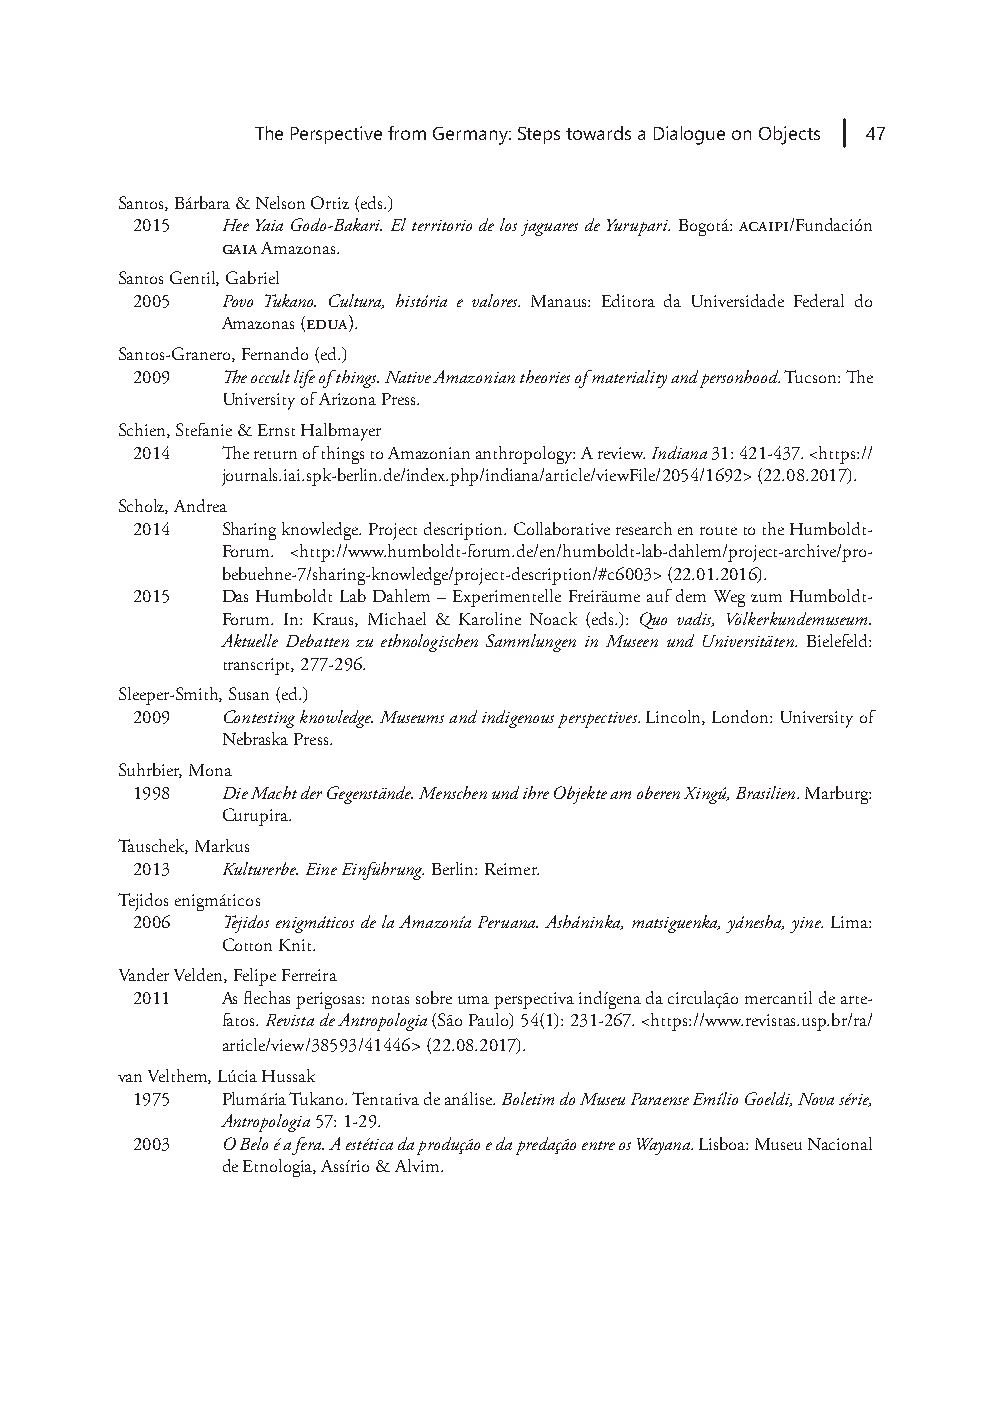
The Perspective from Germany: Steps towards a Dialogue on Objects 47
 Santos, Bárbara & Nelson Ortiz (eds.)
 2015  Hee Yaia Godo-Bakari. El territorio de los jaguares de Yurupari. Bogotá: acaipi/Fundación
 gaia Amazonas.
 Santos Gentil, Gabriel
 2005  Povo Tukano. Cultura, história e valores. Manaus: Editora da Universidade Federal do
 Amazonas (edua).
 Santos-Granero, Fernando (ed.)
 2009  The occult life of things. Native Amazonian theories of materiality and personhood. Tucson: The
 University of Arizona Press.
 Schien, Stefanie & Ernst Halbmayer
 2014  The return of things to Amazonian anthropology: A review. Indiana 31: 421-437. <https://
 journals.iai.spk-berlin.de/index.php/indiana/article/viewFile/2054/1692> (22.08.2017).
 Scholz, Andrea
 2014  Sharing knowledge. Project description. Collaborative research en route to the Humboldt-
 Forum. <http://www.humboldt-forum.de/en/humboldt-lab-dahlem/project-archive/pro-
 bebuehne-7/sharing-knowledge/project-description/#c6003> (22.01.2016).
 2015  Das Humboldt Lab Dahlem – Experimentelle Freiräume auf dem Weg zum Humboldt-
 Forum. In: Kraus, Michael & Karoline Noack (eds.): Quo vadis, Völkerkundemuseum.
 Aktuelle Debatten zu ethnologischen Sammlungen in Museen und Universitäten. Bielefeld:
 transcript, 277-296.
 Sleeper-Smith, Susan (ed.)
 2009  Contesting knowledge. Museums and indigenous perspectives. Lincoln, London: University of
 Nebraska Press.
 Suhrbier, Mona
 1998  Die Macht der Gegenstände. Menschen und ihre Objekte am oberen Xingú, Brasilien. Marburg:
 Curupira.
 Tauschek, Markus
 2013  Kulturerbe. Eine Einführung. Berlin: Reimer.
 Tejidos enigmáticos
 2006  Tejidos enigmáticos de la Amazonía Peruana. Asháninka, matsiguenka, yánesha, yine. Lima:
 Cotton Knit.
 Vander Velden, Felipe Ferreira
 2011  As flechas perigosas: notas sobre uma perspectiva indígena da circulação mercantil de arte-
 fatos. Revista de Antropologia (São Paulo) 54(1): 231-267. <https://www.revistas.usp.br/ra/
 article/view/38593/41446> (22.08.2017).
 van Velthem, Lúcia Hussak
 1975  Plumária Tukano. Tentativa de análise. Boletim do Museu Paraense Emílio Goeldi, Nova série,
 Antropologia 57: 1-29.
 2003  O Belo é a fera. A estética da produção e da predação entre os Wayana. Lisboa: Museu Nacional
 de Etnologia, Assírio & Alvim.